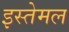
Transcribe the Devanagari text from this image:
इस्तेमल